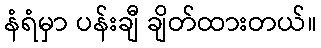
နံရံမှာ ပန်းချီ ချိတ်ထားတယ်။